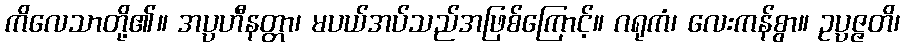
ကိလေသာတို့၏။ အပ္ပဟီနတ္တာ၊ မပယ်အပ်သည်အဖြစ်ကြောင့်။ ဂရုကံ၊ လေးကန်စွာ။ ဥပ္ပဇ္ဇတိ၊